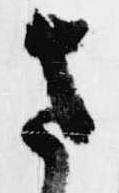
さ